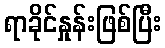
ရာခိုင်နှုန်းဖြစ်ပြီး